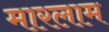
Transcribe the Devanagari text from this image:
मारलाम